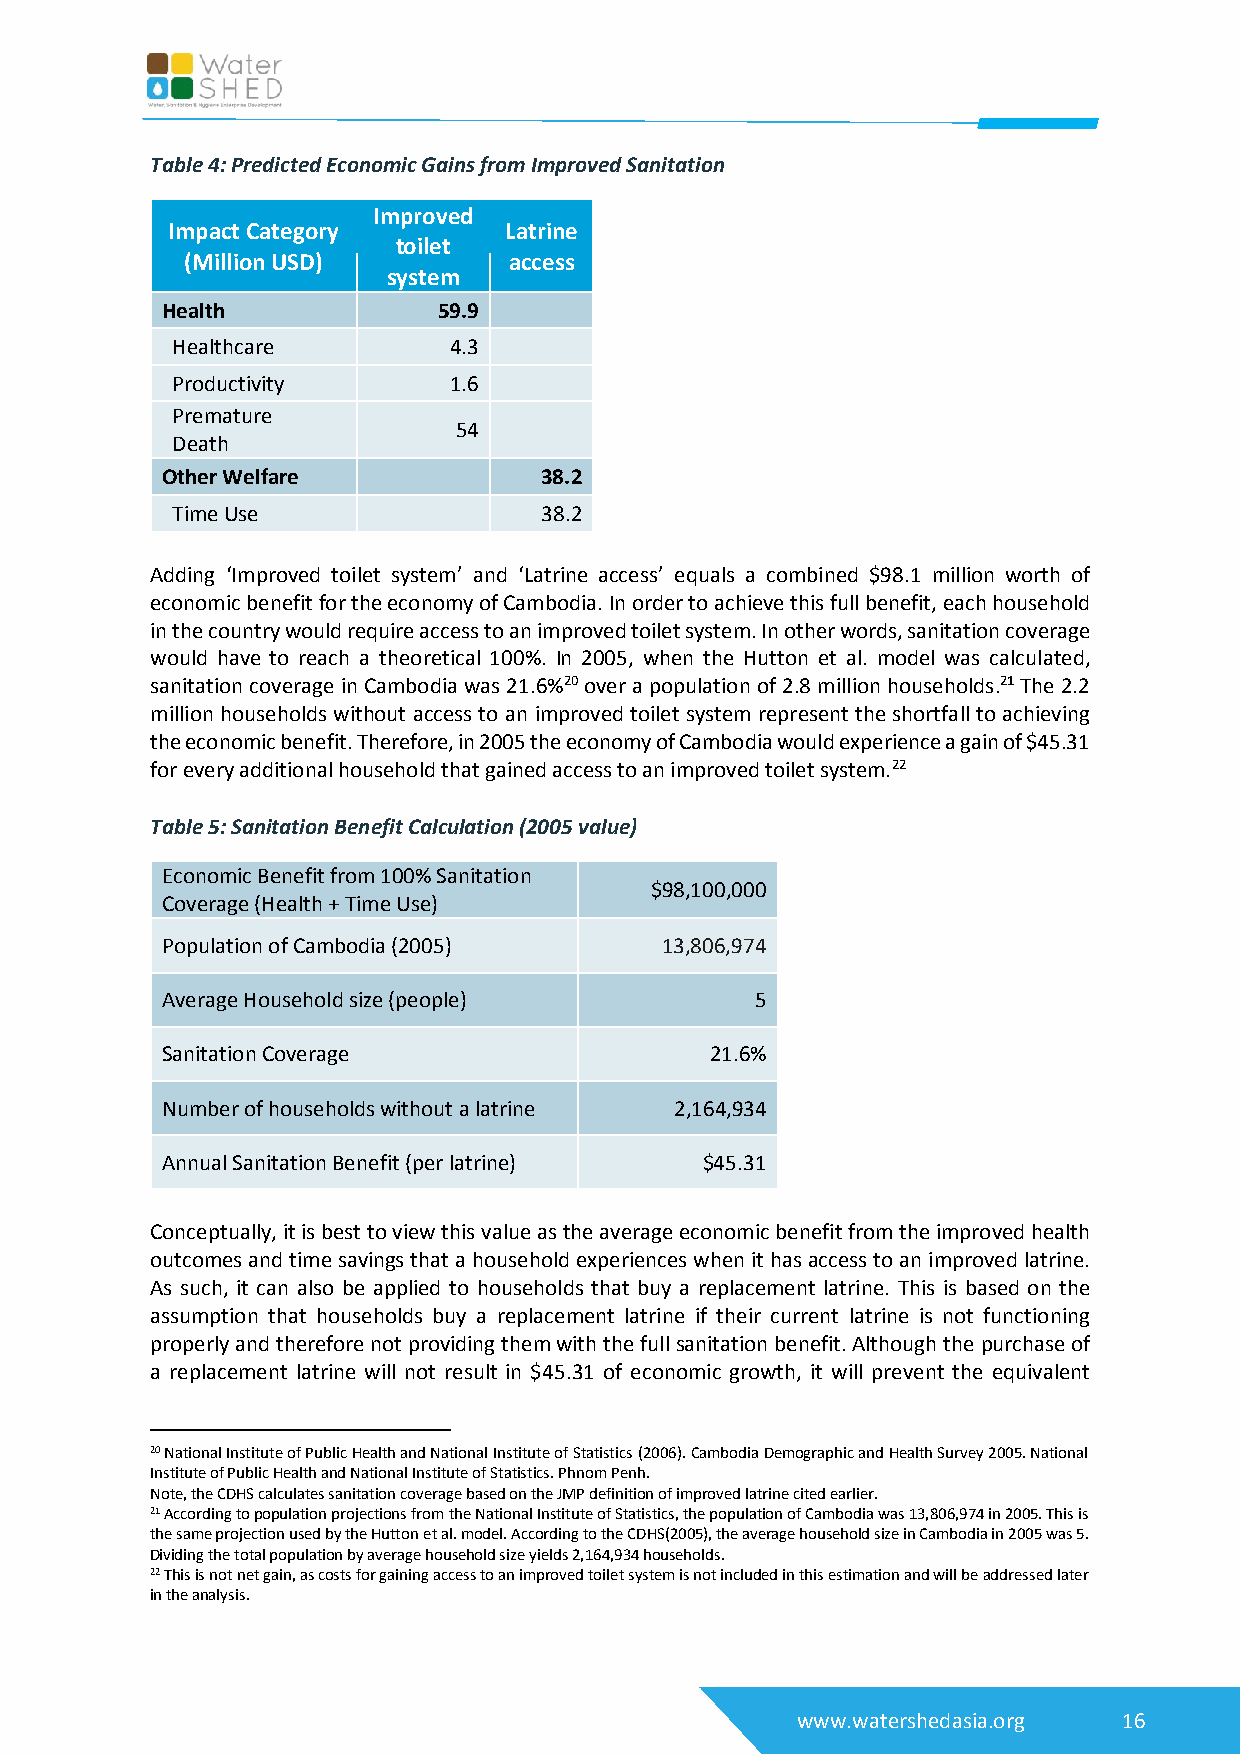
Table 4: Predicted Economic Gains from Improved Sanitation
 Improved
 Impact Category       Latrine
 toilet
 (Million USD)         access
 system
 Health            59.9
 Healthcare         4.3
 Productivity       1.6
 Premature
 54
 Death
 Other Welfare            38.2
 Time Use                 38.2
 Adding ‘Improved toilet system’ and ‘Latrine access’ equals a combined $98.1 million worth of
 economic benefit for the economy of Cambodia. In order to achieve this full benefit, each household
 in the country would require access to an improved toilet system. In other words, sanitation coverage
 would have to reach a theoretical 100%. In 2005, when the Hutton et al. model was calculated,
 sanitation coverage in Cambodia was 21.6%20 over a population of 2.8 million households.21 The 2.2
 million households without access to an improved toilet system represent the shortfall to achieving
 the economic benefit. Therefore, in 2005 the economy of Cambodia would experience a gain of $45.31
 for every additional household that gained access to an improved toilet system.22
 Table 5: Sanitation Benefit Calculation (2005 value)
 Economic Benefit from 100% Sanitation
 $98,100,000
 Coverage (Health + Time Use)
 Population of Cambodia (2005)    13,806,974
 Average Household size (people)        5
 Sanitation Coverage                 21.6%
 Number of households without a latrine 2,164,934
 Annual Sanitation Benefit (per latrine) $45.31
 Conceptually, it is best to view this value as the average economic benefit from the improved health
 outcomes and time savings that a household experiences when it has access to an improved latrine.
 As such, it can also be applied to households that buy a replacement latrine. This is based on the
 assumption that households buy a replacement latrine if their current latrine is not functioning
 properly and therefore not providing them with the full sanitation benefit. Although the purchase of
 a replacement latrine will not result in $45.31 of economic growth, it will prevent the equivalent
 20 National Institute of Public Health and National Institute of Statistics (2006). Cambodia Demographic and Health Survey 2005. National
 Institute of Public Health and National Institute of Statistics. Phnom Penh.
 Note, the CDHS calculates sanitation coverage based on the JMP definition of improved latrine cited earlier.
 21 According to population projections from the National Institute of Statistics, the population of Cambodia was 13,806,974 in 2005. This is
 the same projection used by the Hutton et al. model. According to the CDHS(2005), the average household size in Cambodia in 2005 was 5.
 Dividing the total population by average household size yields 2,164,934 households.
 22 This is not net gain, as costs for gaining access to an improved toilet system is not included in this estimation and will be addressed later
 in the analysis.
 www.watershedasia.org 16